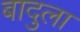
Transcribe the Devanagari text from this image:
बादुला